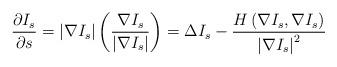
LaTeX: \begin{align*}\frac{\partial I_{s}}{\partial s}=\left| \nabla I_{s}\right| \left( \frac{\nabla I_{s}}{\left| \nabla I_{s}\right| }\right) =\Delta I_{s}-\frac{H\left( \nabla I_{s},\nabla I_{s}\right) }{\left| \nabla I_{s}\right|^{2}}\end{align*}